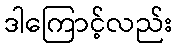
ဒါကြောင့်လည်း